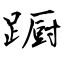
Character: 蹰